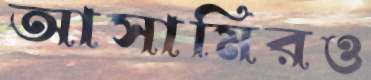
আসামিরও